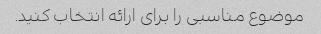
موضوع مناسبی را برای ارائه انتخاب کنید.